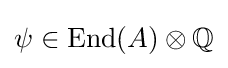
\psi \in \mathrm {End} (A)\otimes \mathbb {Q}